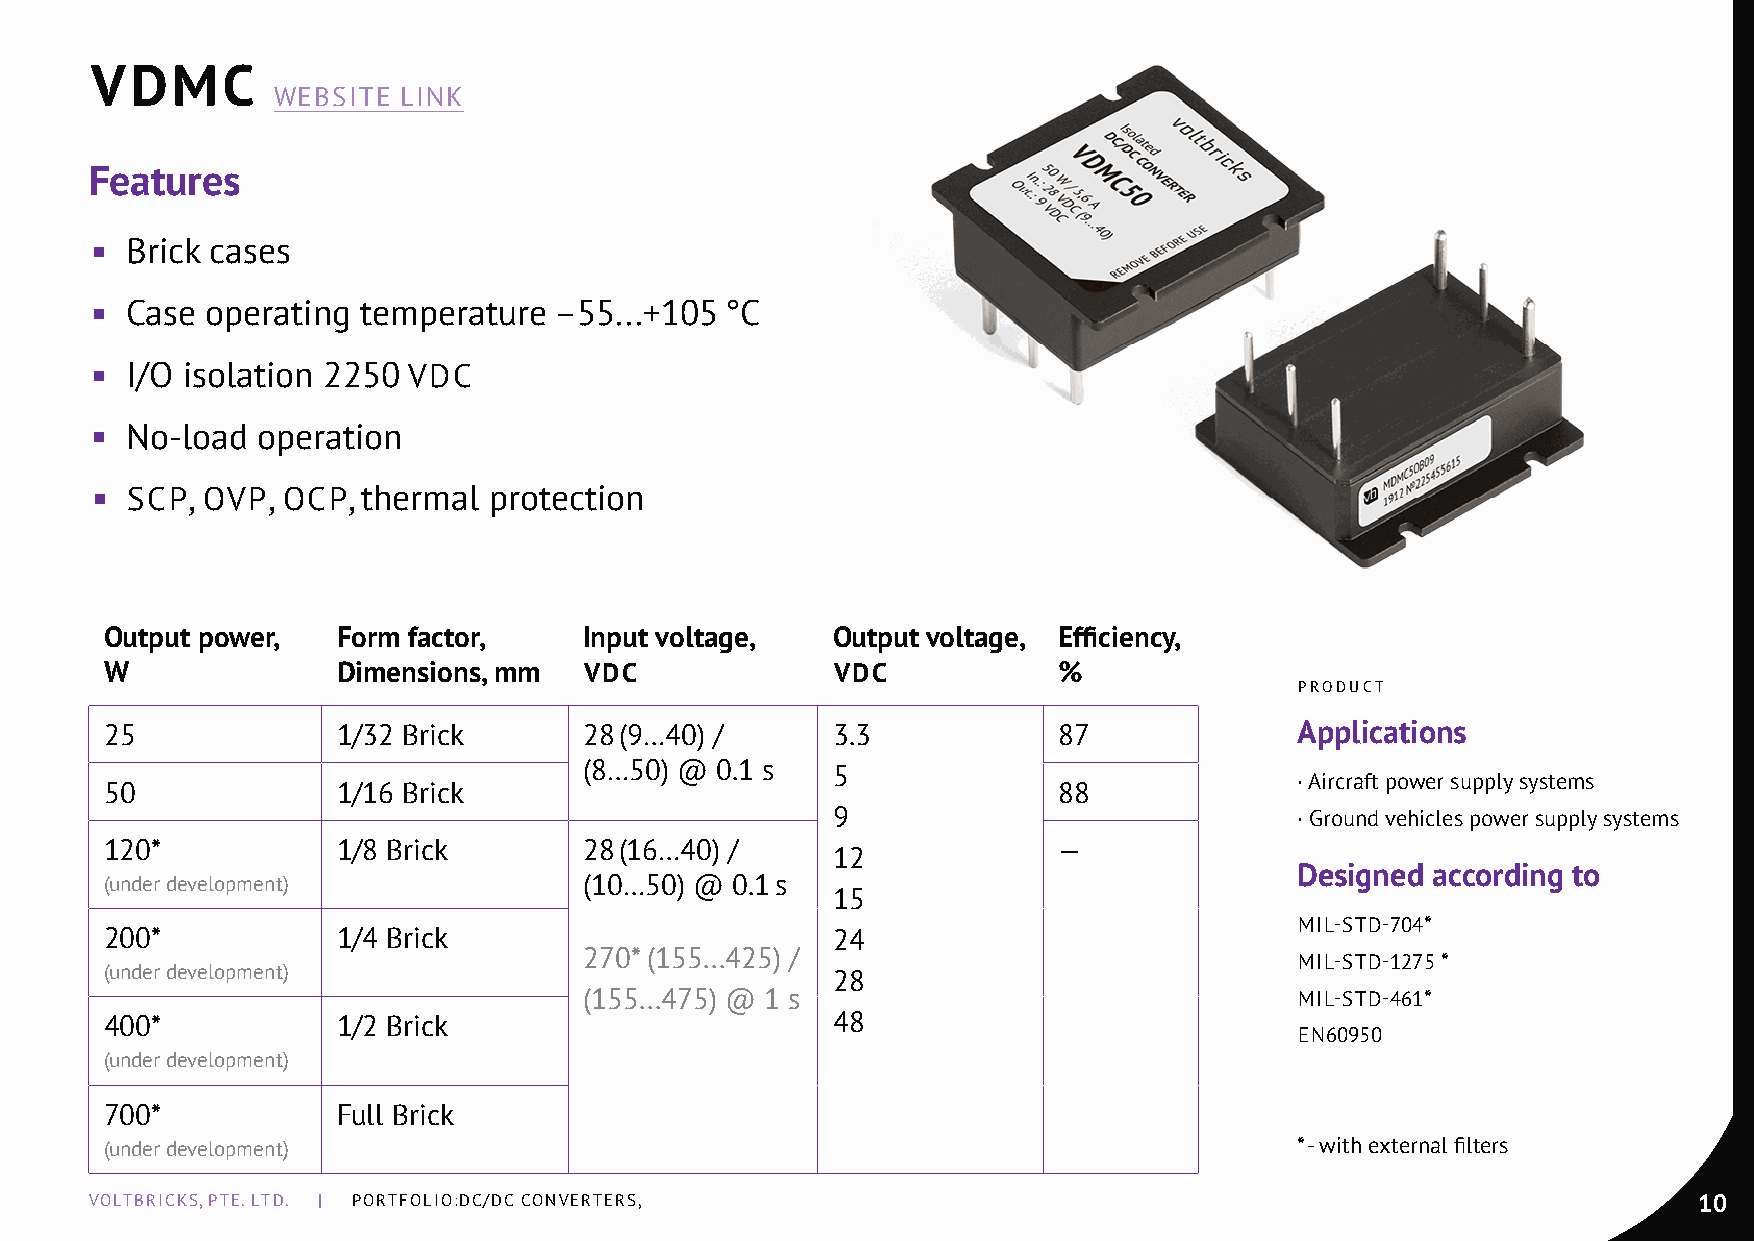
VDMC
 WEBSITE LInK
 Features
 ◾ Brick cases
 ◾ Case  operating temperature  –55...+105 °С
 ◾ I/O isolation 2250 VDC
 ◾ no-load  operation
 ◾ SCP, OVP,  OCP, thermal protection
 Output power,  Form factor,     Input voltage,  Output voltage, Effiсiency,
 W              Dimensions, mm   VDC             VDC            %
 PRODuCT
 25             1/32 Brick       28 (9…40) /     3.3            87              Applications
 (8…50) @ 0.1 s  5
 · Aircraft power supply systems
 50             1/16 Brick                                      88
 9                              · Ground vehicles power supply systems
 120*           1/8 Brick        28 (16…40) /                   —
 12
 Designed according to
 (under development)             (10…50) @ 0.1 s
 15
 mIL-STD-704*
 200*           1/4 Brick                        24
 270* (155...425) /                             mIL-STD-1275 *
 (under development)                             28
 (155...475) @ 1 s                              mIL-STD-461*
 400*           1/2 Brick                        48
 En60950
 (under development)
 700*           Full Brick
 (under development)                                                            * - with external filters
 VOLTBRICKS, PTE. LTD. | PORTFOLIO:DC/DC COnVERTERS,                                                       10